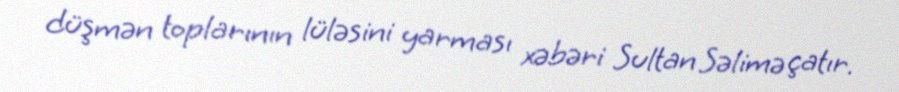
düşmən toplarının lüləsini yarması xəbəri Sultan Səlimə çatır.